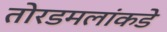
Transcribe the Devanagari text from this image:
तोरडमलांकडे